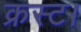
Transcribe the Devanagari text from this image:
क्रस्ट।